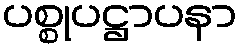
ပစ္စုပဋ္ဌာပနာ